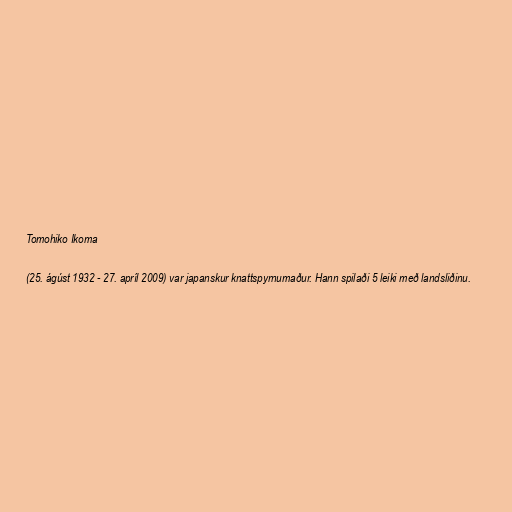
Tomohiko Ikoma

(25. ágúst 1932 - 27. apríl 2009) var japanskur knattspyrnumaður. Hann spilaði 5 leiki með landsliðinu.